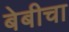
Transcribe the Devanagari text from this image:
बेबीचा